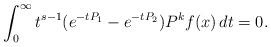
LaTeX: \begin{align*}\int_0^\infty t^{s-1}(e^{-tP_1}-e^{-tP_2})P^kf(x)\,dt=0.\end{align*}